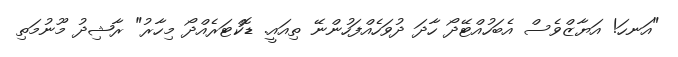
"އަނހަ! އަޔާޒްވެސް އެބަހުއްޓޭދޯ ހާދަ ދުވަހެއްފަހުންނޭ ތިއައީ. ޑޮކްޓަރެއްދޯ މިހާރު" ރާޝިދު މޫނުމަތި